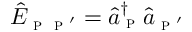
\hat { E } _ { \textsc { p } \textsc { p } ^ { \prime } } = \hat { a } _ { \textsc { p } } ^ { \dagger } \hat { a } _ { \textsc { p } ^ { \prime } }